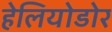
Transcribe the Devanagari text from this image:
हेलियोडोर